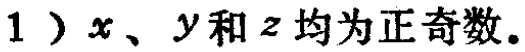
1）$x$、$y$和$z$均为正奇数.